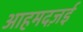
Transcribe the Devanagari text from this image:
आहमदज़ई